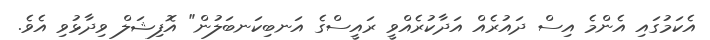
އެކަމުގައި އެންމެ އިސް ދައުރެއް އަދާކުރެއްވީ ރައީސްގެ އަނބިކަނބަލުން" އޮފިޝަލް ވިދާޅުވި އެވެ.